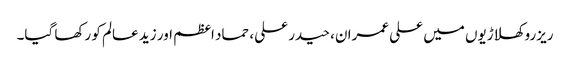
ریزرو کھلاڑیوں میں علی عمران، حیدر علی، حماد اعظم اور زید عالم کو رکھا گیا۔